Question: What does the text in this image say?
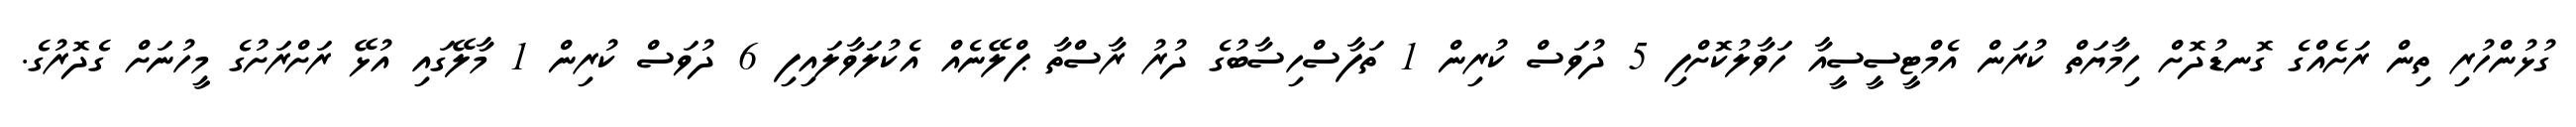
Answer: ގުޅުންހުރި ތިން ރަށެއްގެ ގޮނޑުދޮށް ހިމާޔަތް ކުރަން އެމްޓީސީސީއާ ހަވާލުކޮށްފި 5 ދުވަސް ކުރިން 1 ތަފާސްހިސާބުގެ ދުރު ރާސްތާ ޕްލޭނެއް އެކުލަވާލައިފި 6 ދުވަސް ކުރިން 1 މާލޭގައި އުޅޭ ރަށްރަށުގެ މީހުނަށް ގެދޮރުގެ.